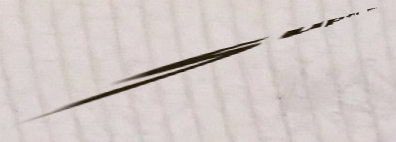
super mart